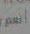
العمر